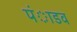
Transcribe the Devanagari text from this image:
पंाडव